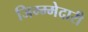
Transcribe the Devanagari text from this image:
जिम्म्मेदारी